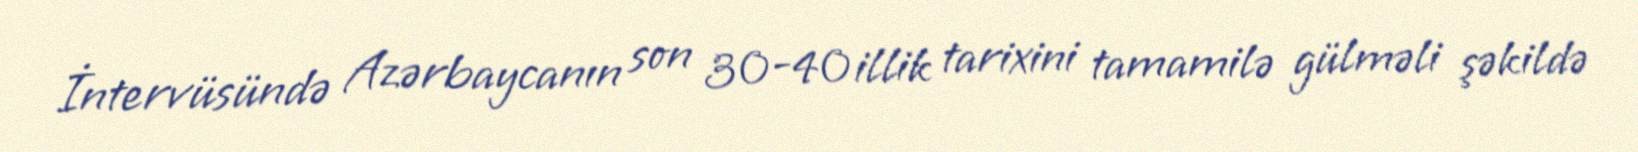
İntervüsündə Azərbaycanın son 30-40 illik tarixini tamamilə gülməli şəkildə